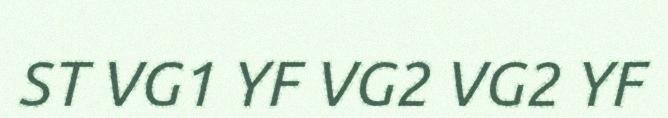
ST VG1 YF VG2 VG2 YF